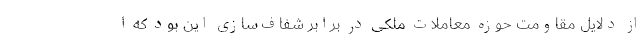
از دلایل مقاومت حوزه معاملات ملکی در برابر شفاف‌سازی این بود که ا